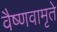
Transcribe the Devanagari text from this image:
वैष्णवामृते